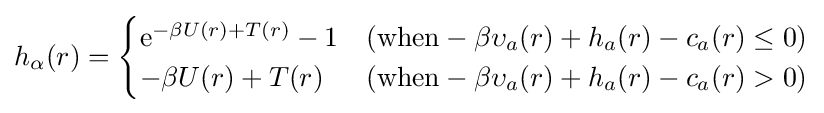
h_{\alpha }(r)={\begin{cases}\mathrm {e} ^{-\beta U(r)+T(r)}-1&({\text{when}}-\beta \upsilon _{a}(r)+h_{a}(r)-c_{a}(r)\leq 0)\\-\beta U(r)+T(r)&({\text{when}}-\beta \upsilon _{a}(r)+h_{a}(r)-c_{a}(r)>0)\end{cases}}